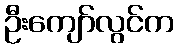
ဦးကျော်လွင်က